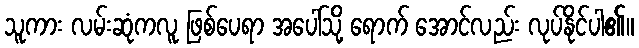
သူကား လမ်းဆုံကလူ ဖြစ်ပေရာ အပေါ်သို့ ရောက် အောင်လည်း လုပ်နိုင်ပါ၏။